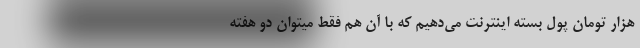
هزار تومان پول بسته اینترنت می‌دهیم که با آن هم فقط میتوان دو هفته